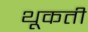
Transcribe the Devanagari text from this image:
थूकती